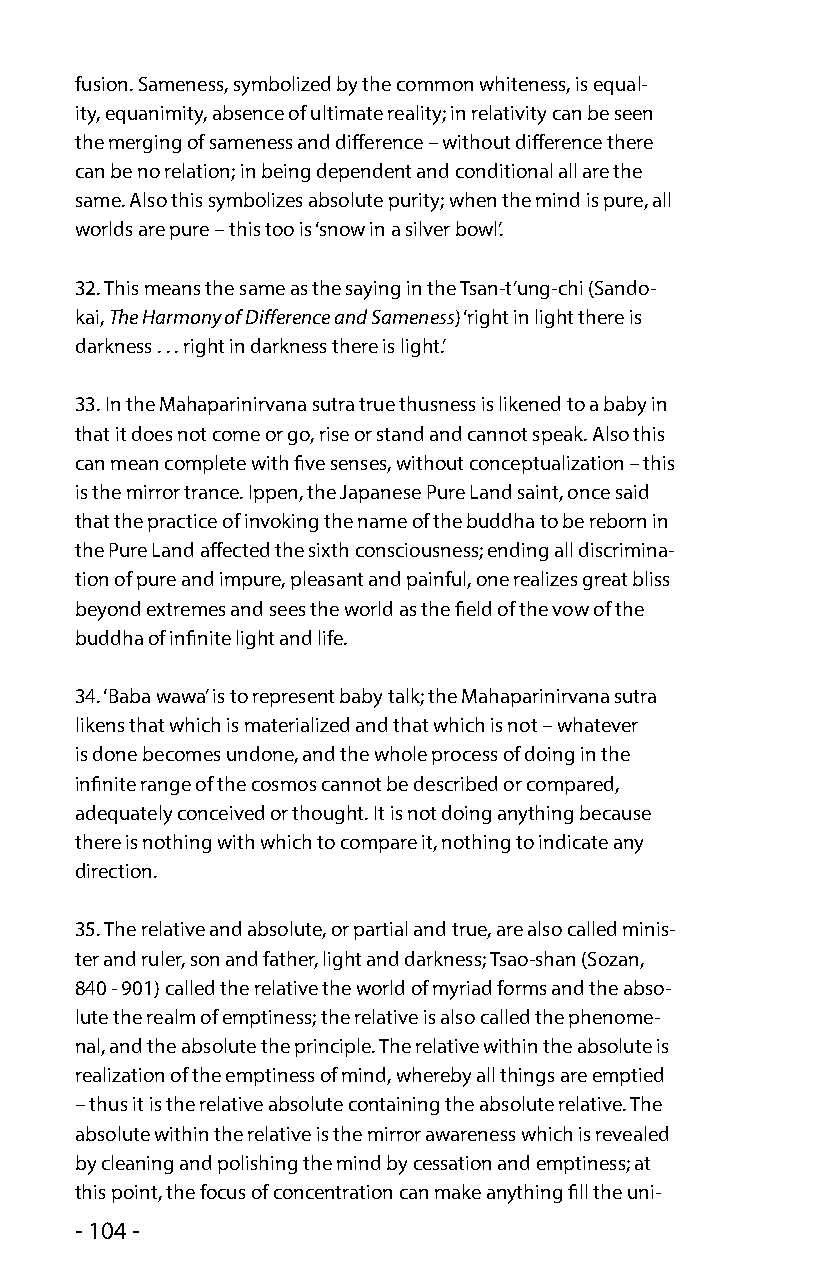
fusion. Sameness, symbolized by the common whiteness, is equal-
 ity, equanimity, absence of ultimate reality; in relativity can be seen
 the merging of sameness and difference – without difference there
 can be no relation; in being dependent and conditional all are the
 same. Also this symbolizes absolute purity; when the mind is pure, all
 worlds are pure – this too is ‘snow in a silver bowl’.
 32. This means the same as the saying in the Tsan-t’ung-chi (Sando-
 kai, The Harmony of Difference and Sameness) ‘right in light there is
 darkness . . . right in darkness there is light.’
 33. In the Mahaparinirvana sutra true thusness is likened to a baby in
 that it does not come or go, rise or stand and cannot speak. Also this
 can mean complete with five senses, without conceptualization – this
 is the mirror trance. Ippen, the Japanese Pure Land saint, once said
 that the practice of invoking the name of the buddha to be reborn in
 the Pure Land affected the sixth consciousness; ending all discrimina-
 tion of pure and impure, pleasant and painful, one realizes great bliss
 beyond extremes and sees the world as the field of the vow of the
 buddha of infinite light and life.
 34. ‘Baba wawa’ is to represent baby talk; the Mahaparinirvana sutra
 likens that which is materialized and that which is not – whatever
 is done becomes undone, and the whole process of doing in the
 infinite range of the cosmos cannot be described or compared,
 adequately conceived or thought. It is not doing anything because
 there is nothing with which to compare it, nothing to indicate any
 direction.
 35. The relative and absolute, or partial and true, are also called minis-
 ter and ruler, son and father, light and darkness; Tsao-shan (Sozan,
 840 - 901) called the relative the world of myriad forms and the abso-
 lute the realm of emptiness; the relative is also called the phenome-
 nal, and the absolute the principle. The relative within the absolute is
 realization of the emptiness of mind, whereby all things are emptied
 – thus it is the relative absolute containing the absolute relative. The
 absolute within the relative is the mirror awareness which is revealed
 by cleaning and polishing the mind by cessation and emptiness; at
 this point, the focus of concentration can make anything fill the uni-
 - 104 -